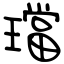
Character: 璫